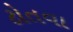
ટોતવા